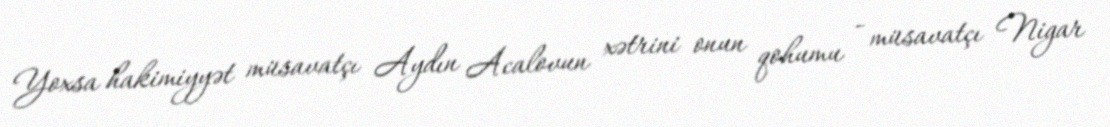
Yoxsa hakimiyyət müsavatçı Aydın Acalovun xətrini onun qohumu - müsavatçı Nigar